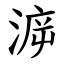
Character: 㴑